system: You are a helpful assistant.
user:
Analyze the provided spectrum to determine if it is a **M-type Giant (gM)**.

A M-type Giant spectrum is defined by its **strong molecular absorption** features, particularly from **Titanium Oxide (TiO)**. You must check for one of the following mutually exclusive signatures:

- **Key Visual Indicators (Absorption-Dominated Spectrum):**

    - **(Primary):** The spectrum is dominated by strong molecular absorption from **Titanium Oxide (TiO)**. This is the **defining feature** of its M-type temperature class.
        - **(Key Bandheads):** Look for sharp, "saw-tooth" absorption valleys. The strongest are located near **~7050 Å**, **~6160 Å**, and **~5170 Å**.
        - **(Line Profile):** The "saw-tooth" morphology is critical: a **sharp, steep drop on the BLUE (short-wavelength) side** of the bandhead, followed by a gradual recovery (rising flux) towards the RED (long-wavelength) side.

    - **(Key Confirmation - Giant vs. Dwarf):** **ABSENCE** of strong **Calcium Hydride (CaH)** molecular bands. This is the primary diagnostic for *excluding* M-dwarfs.
        - **(Key Region):** The spectrum should lack the strong, broad absorption band seen in dwarfs between **~6800 Å and ~7000 Å**.

    - **(Secondary Confirmation - Giant):** A very strong and broad **Neutral Calcium (Ca I)** atomic absorption line.
        - **(Key Line):** Located at **~4226 Å**. In a giant (gM), this line is significantly deeper and broader than the same line in an M-dwarf (dM) due to low surface gravity.

    - **(Overall Spectrum):**
        - The continuum is **extremely red-sloping** (i.e., flux is very low in the blue and rises dramatically towards the red).
        - The entire spectrum appears "chopped up" by the deep TiO bands.

Think first, call **spectral_visualization_tool** if needed to examine features in detail, then provide your final answer. Your response must adhere to the following strict rules:
1.  **Overall Structure:** Your response must follow the format `<think>...</think> <tool_call>...</tool_call> (if a tool is used) <answer>...</answer>`.
2.  **Tool Usage Constraint:** You may only make **one** tool call per turn.
3.  **Final Answer Format:** In the `<answer>` tag, your conclusion must be inside a `\boxed{}` command (e.g., `\boxed{YES}` or `\boxed{NO}`), followed by your justification.

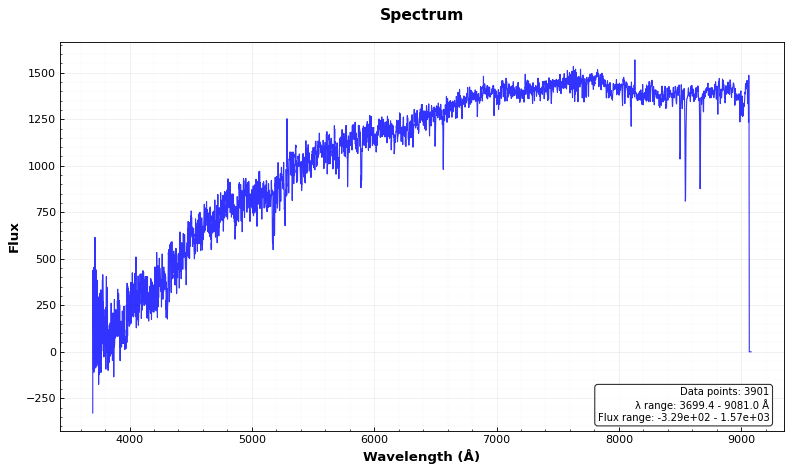
Answer: NO